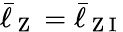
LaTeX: \bar{\ell}_{\mathrm{~Z~}}=\bar{\ell}_{\mathrm{~Z~I~}}